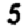
Digit: 5